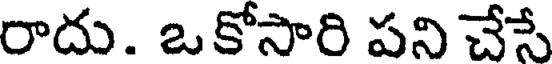
రాదు. ఒకోసారి పని చేసే